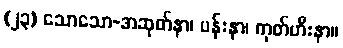
(၂၃) သောသော-အဆုတ်နာ၊ ပန်းနာ၊ ကုတ်ဟီးနာ။